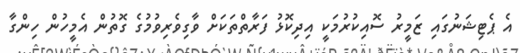
އެ ޕެޓިޝަނުގައި ޒަމީރު ސޮއިކުރުމަކީ އިދިކޮޅު ފަރާތްތަކަށް ވާގިވެރިވުމުގެ ގޮތުން އެމީހުން ހިންގާ